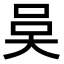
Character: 𭑍